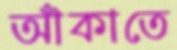
আঁকাতে